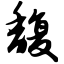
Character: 馥